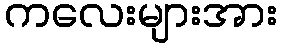
ကလေးများအား